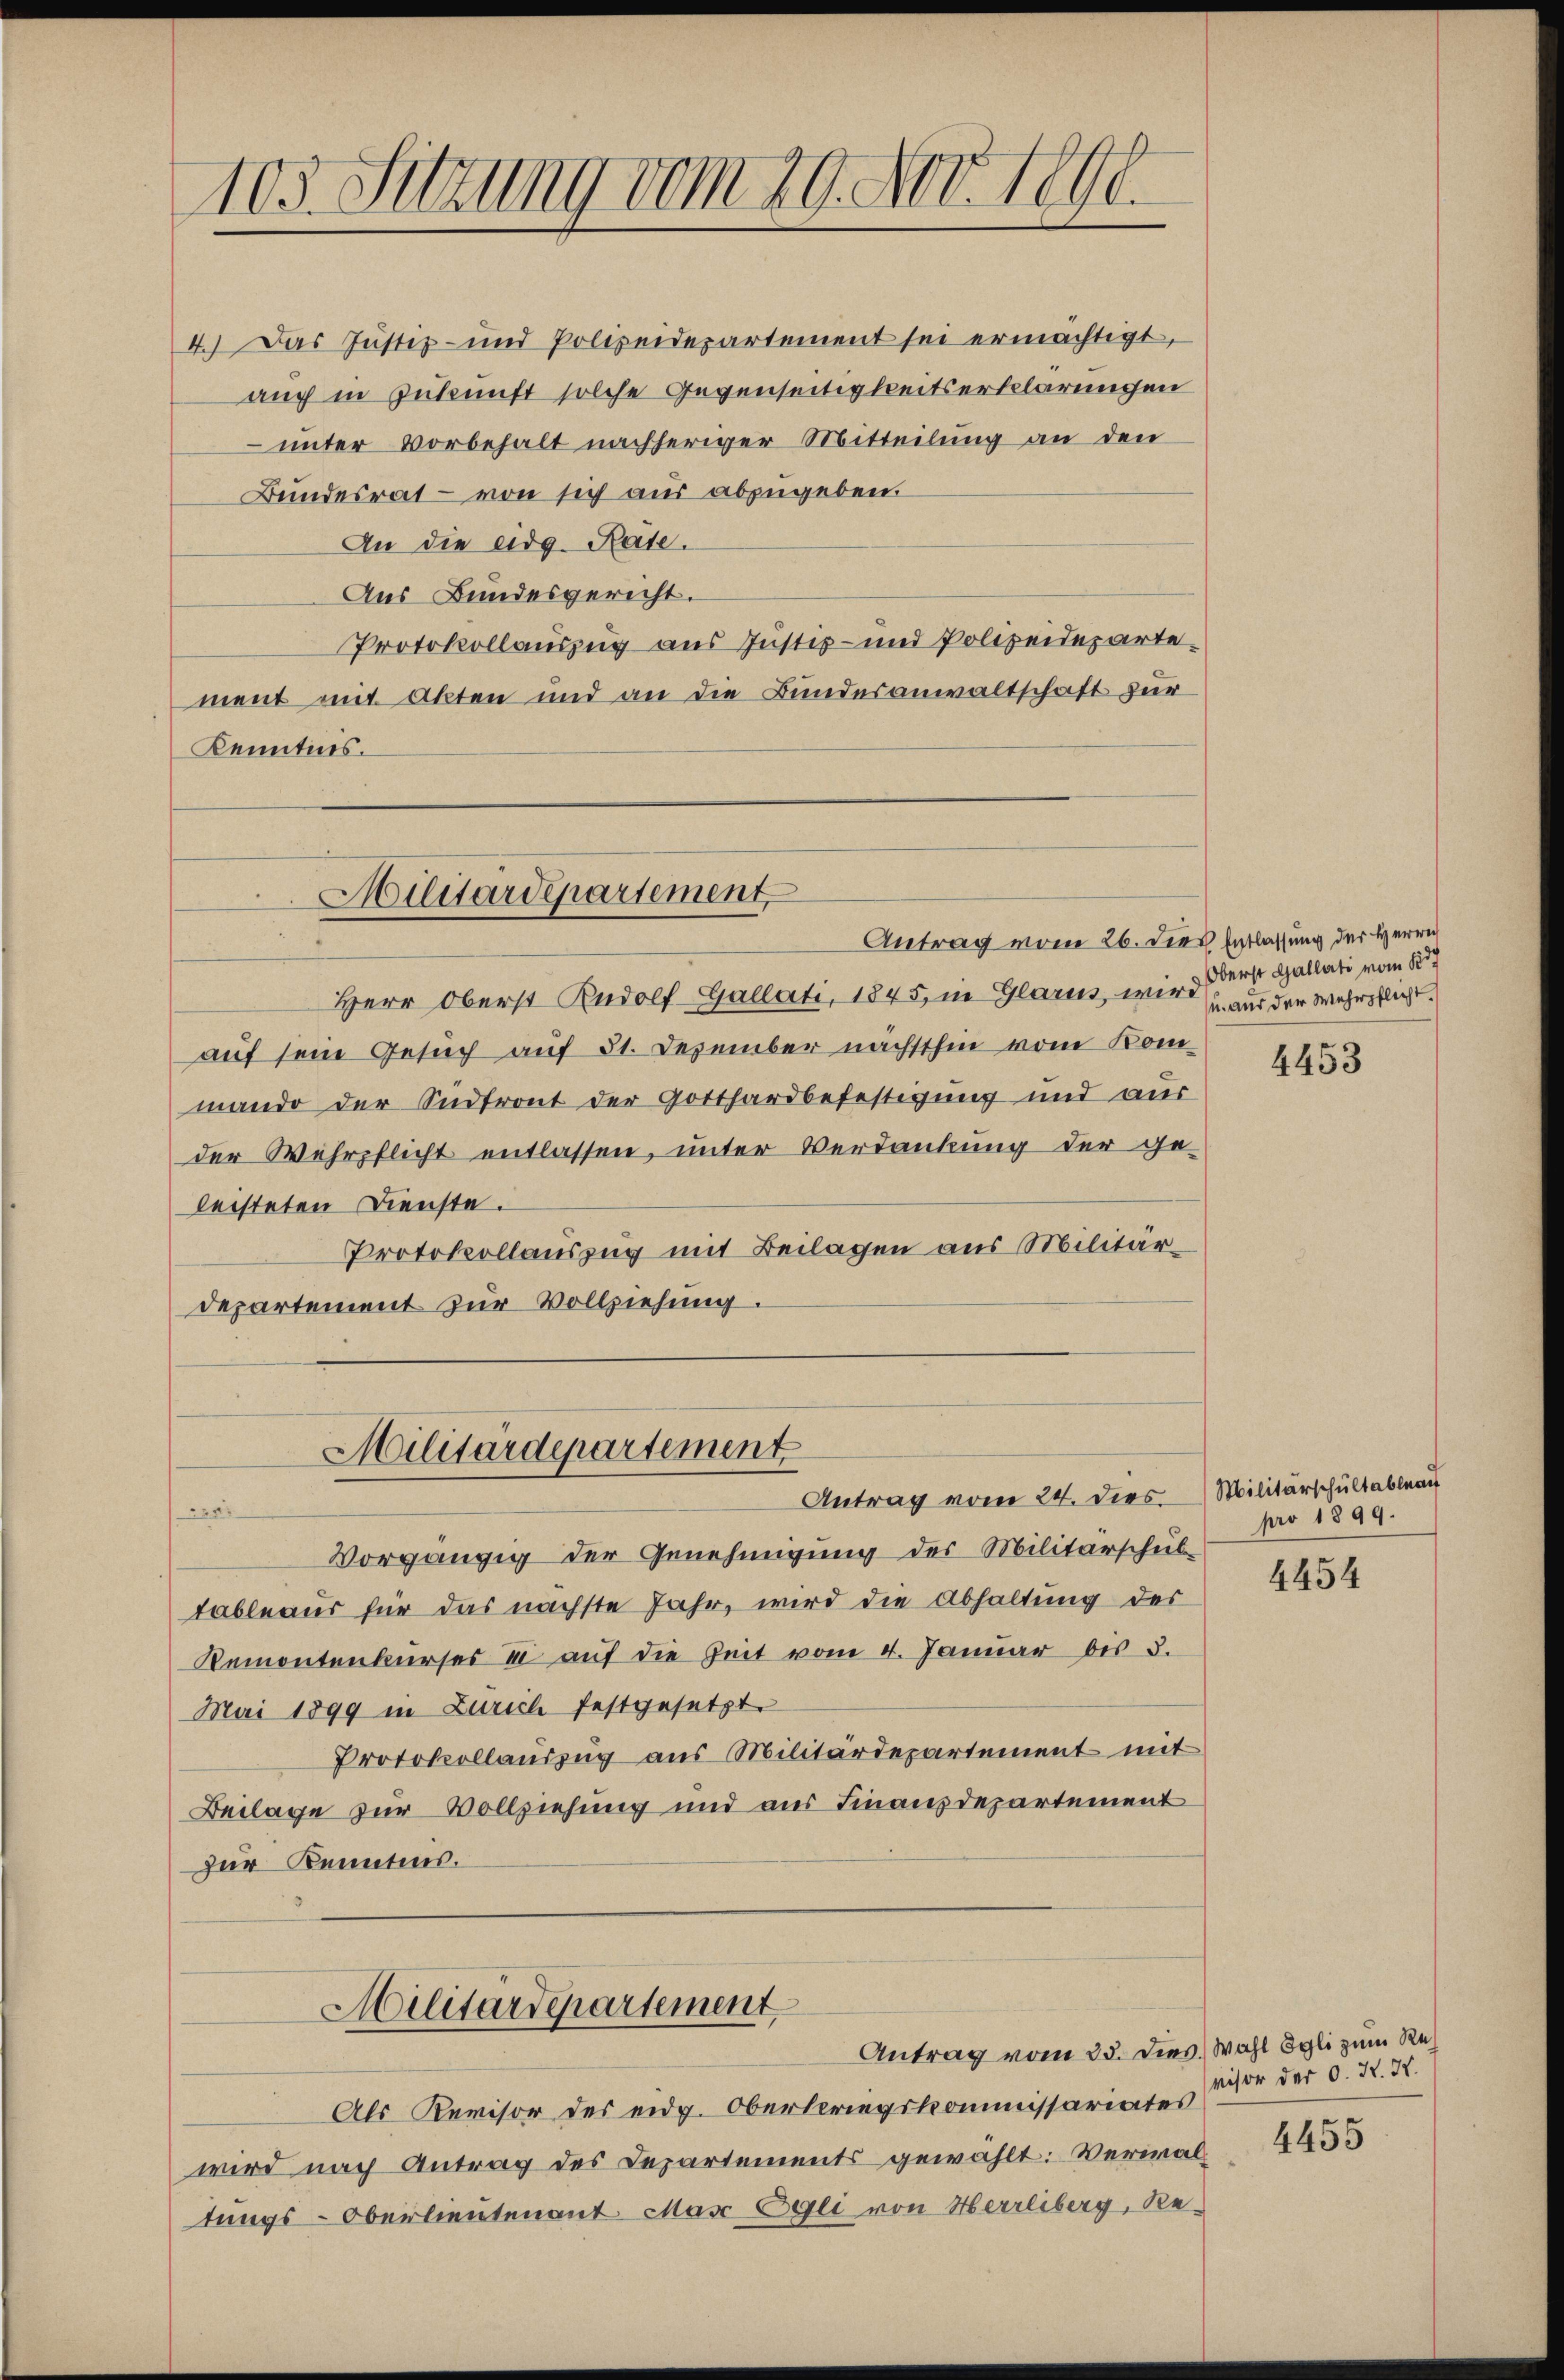
4.) Das Justiz- und Polizeidepartement sei ermächtigt,
auch in Zukunft solche Gegenseitigkeitserklärungen
 unter Vorbehalt nachheriger Mitteilung an den
Bundesrat – von sich aus abzugeben.
An die eidg. Rate.
Aus Bundesgericht.
Protokollauszug aus Justiz- und Polizeidepartement mit Akten und an die Bundesanwaltschaft zur
Kenntnis.
Antrag vom 26. die Entlassung der Herrn
Herr Oberst Rudolf-Gallati, 1845, in Glarus wir u. aus der Wehrpflicht.
auf sein Gesuch auf 31. Dezember nächsthin vom Kommando der Südtront der Gotthardbefestigung und aus
der Wehrpflicht entlassen, unter Verdankung der ge-
leisteten Dienste.
Protokollauszug mit Beilagen aus Militärdepartement zur Vollziehung.
Militärdepartement
Antrag vom 24. dies Militärschultableau
320
Vorgängig der Genehmigung des Militärschul
tableaus für das nächste Jahr, wird die Abhaltung des
Remontenkurses & auf die Zeit vom 4. Januar des 3.
Mai 1899 in Zürich festgesetzt.
Protokollauszug aus Militärdepartement mit
Beilage zur Vollziehung und aus Finanzdepartement
zur Kenntnis.
Militärdepartement
Antrag vom 25. dies. Wahl Egli zum Re¬
Als Revisor des eidg. Oberleriegskommissariates
wird nach Antrag des Departements gewählt: Vermaltungs-Oberlieutenant Mar Egli von Herrliberg, Re¬

103. Sitzung vom 20. Nov. 1890.

Militärdepartement

Oberst Gallati vom 18t

4453

pro 1899.

4454

visor der O. K. H.

4455